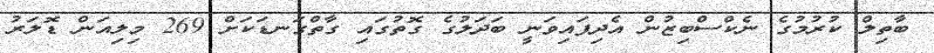
ބާތިލް ކުރުމުގެ ނެކްސްބިޒުން އެދިފައިވަނީ ބަދަލުގެ ގޮތުގައި ގާތްގަނޑަކަށް 269 މިލިއަން ޑޮލަރު